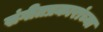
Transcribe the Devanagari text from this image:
संगीतप्रकारांच्या